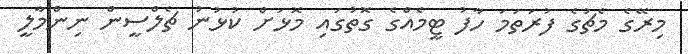
މިރޭގެ މެޗުގެ ފުރަތަމަ ހާފު ޓީމެއްގެ ގޮތުގައި މޮޅަށް ކުޅުނު ޗެލްސީން ނިންމާލީ